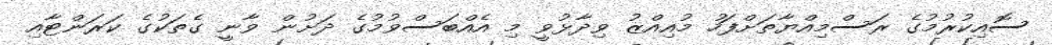
ސޮއިކުރުމުގެ ރަސްމިއްޔާތަށްފަހު މުއިއްޒު ވިދާޅުވީ މި އެއްބަސްވުމުގެ ދަށުން ވާނީ ގެތަކުގެ ކަރަންޓާއި